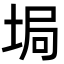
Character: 𡌟